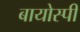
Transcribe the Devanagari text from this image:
बायोस्पी